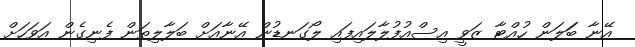
އޭނާ ބަަލަން ހުއްޓާ ޒަވީ އިސްއުފުލާލައިފައި ލޯގަނޑުން އޭނާއަށް ބަލާލިތަން ފެނިގެން އަވަހަށް